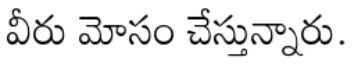
వీరు మోసం చేస్తున్నారు.